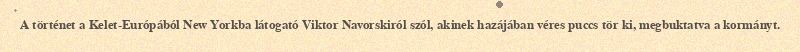
A történet a Kelet-Európából New Yorkba látogató Viktor Navorskiról szól, akinek hazájában véres puccs tör ki, megbuktatva a kormányt.